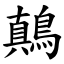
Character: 鷏